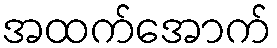
အထက်အောက်